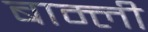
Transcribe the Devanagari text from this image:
बाम्ली